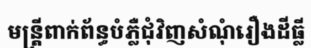
មន្ត្រីពាក់ព័ន្ធបំភ្លឺជុំវិញសំណុំរឿងដីធ្លី